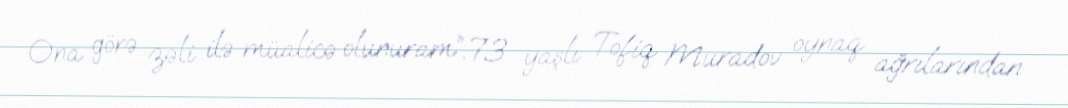
Ona görə zəli ilə müalicə olunuram”.73 yaşlı Tofiq Muradov oynaq ağrılarından